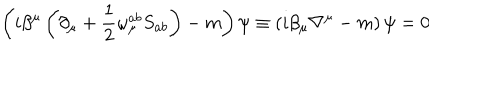
\left( i \beta ^ { \mu } \left( \partial _ { \mu } + \frac { 1 } { 2 } \omega _ { \mu } ^ { a b } S _ { a b } \right) - m \right) \psi \equiv \left( i \beta _ { \mu } \nabla ^ { \mu } - m \right) \psi = 0